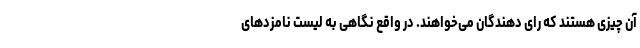
آن چیزی هستند که رای دهندگان می‌خواهند. در واقع نگاهی به لیست نامزدهای